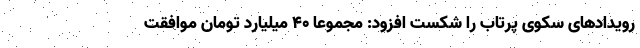
رویدادهای سکوی پرتاب را شکست افزود: مجموعا 40 میلیارد تومان موافقت